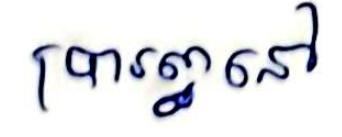
ប្រារព្ធនៅ